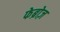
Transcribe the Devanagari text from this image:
फेब्रोज़